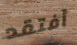
أفتقد